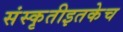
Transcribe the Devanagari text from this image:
संस्कृतीइतकेच